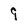
Character: 9